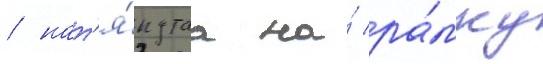
/ нат'я́нутаа на́ ра́мку